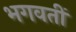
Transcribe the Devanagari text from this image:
भगवतीं